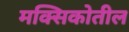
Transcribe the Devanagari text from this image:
मक्सिकोतील